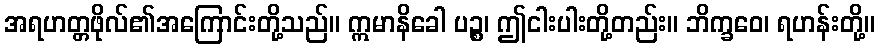
အရဟတ္တဖိုလ်၏အကြောင်းတို့သည်။ ဣမာနိခေါ ပဉ္စ၊ ဤငါးပါးတို့တည်း။ ဘိက္ခဝေ၊ ရဟန်းတို့။